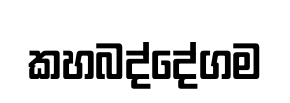
කහබද්දේගම